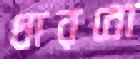
ধারবো